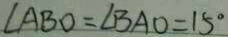
\angle A B O = \angle B A O = 1 5 ^ { \circ }